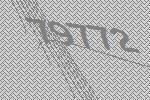
79772